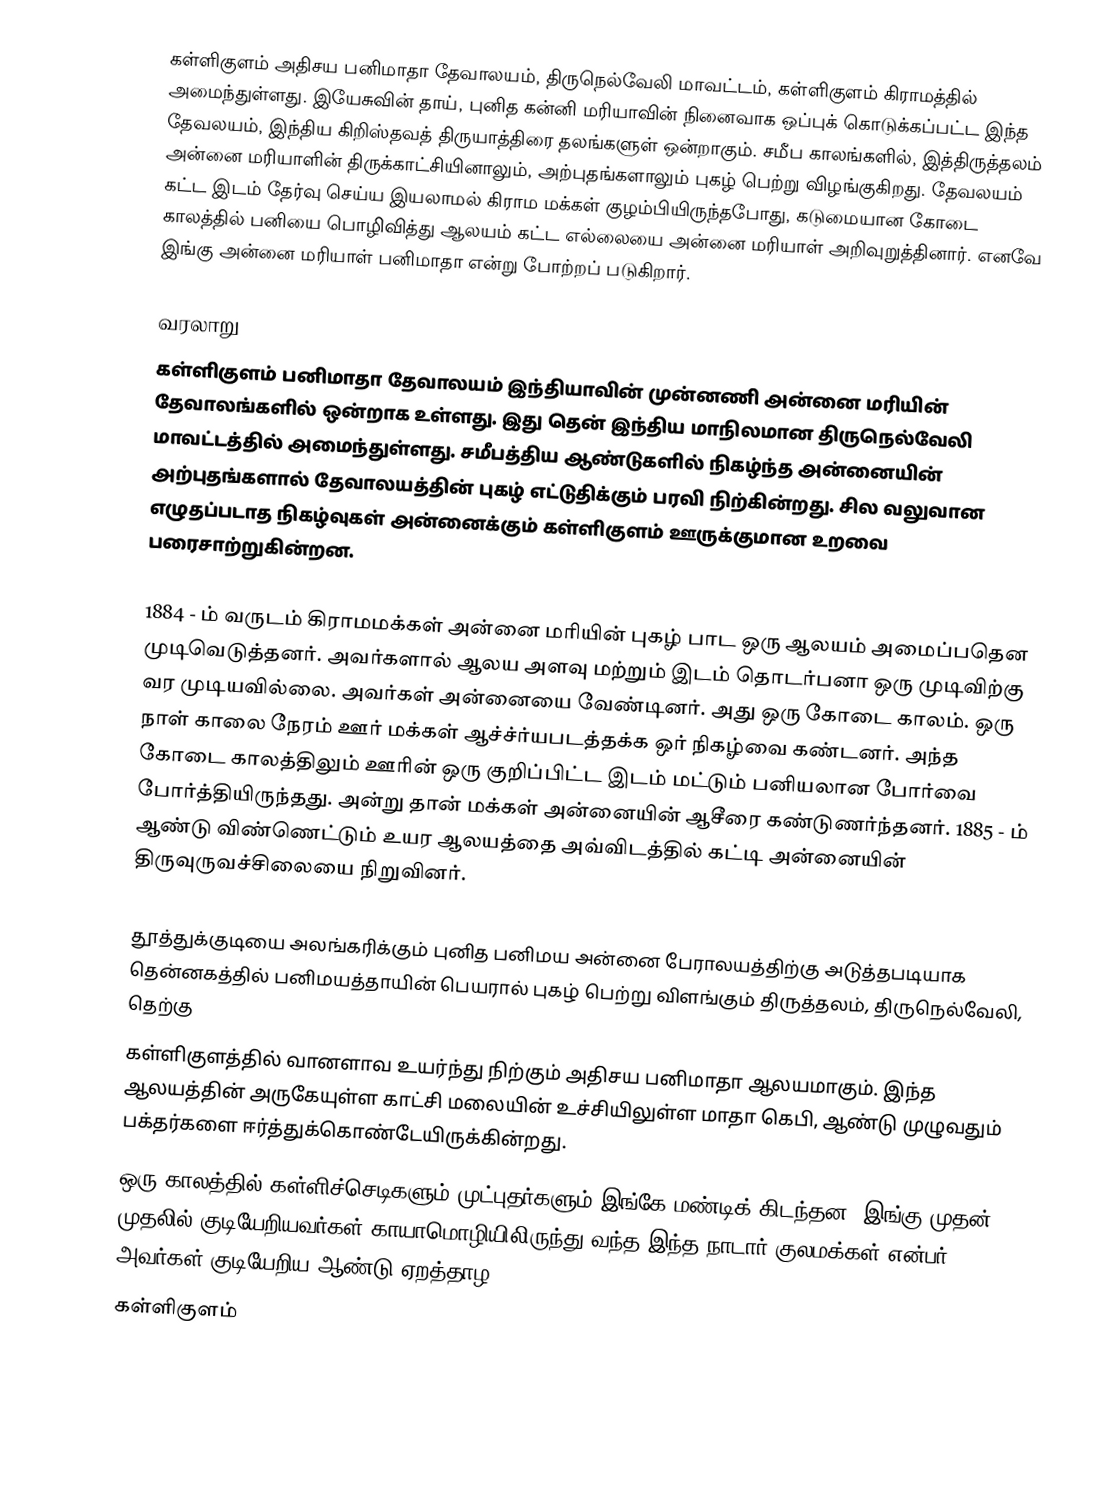
கள்ளிகுளம் அதிசய பனிமாதா தேவாலயம், திருநெல்வேலி மாவட்டம், கள்ளிகுளம் கிராமத்தில் அமைந்துள்ளது. இயேசுவின் தாய், புனித கன்னி மரியாவின் நினைவாக ஒப்புக் கொடுக்கப்பட்ட இந்த தேவலயம், இந்திய கிறிஸ்தவத் திருயாத்திரை தலங்களுள் ஒன்றாகும். சமீப காலங்களில், இத்திருத்தலம் அன்னை மரியாளின் திருக்காட்சியினாலும், அற்புதங்களாலும் புகழ் பெற்று விழங்குகிறது. தேவலயம் கட்ட இடம் தேர்வு செய்ய இயலாமல் கிராம மக்கள் குழம்பியிருந்தபோது, கடுமையான கோடை காலத்தில் பனியை பொழிவித்து ஆலயம் கட்ட எல்லையை அன்னை மரியாள் அறிவுறுத்தினார். எனவே இங்கு அன்னை மரியாள் பனிமாதா என்று போற்றப் படுகிறார்.

வரலாறு
கள்ளிகுளம் பனிமாதா தேவாலயம் இந்தியாவின் முன்னணி அன்னை மரியின் தேவாலங்களில் ஒன்றாக உள்ளது. இது தென் இந்திய மாநிலமான திருநெல்வேலி மாவட்டத்தில் அமைந்துள்ளது. சமீபத்திய ஆண்டுகளில் நிகழ்ந்த அன்னையின் அற்புதங்களால் தேவாலயத்தின் புகழ் எட்டுதிக்கும் பரவி நிற்கின்றது. சில வலுவான எழுதப்படாத நிகழ்வுகள் அன்னைக்கும் கள்ளிகுளம் ஊருக்குமான உறவை பரைசாற்றுகின்றன.

1884 - ம் வருடம் கிராமமக்கள் அன்னை மரியின் புகழ் பாட ஒரு ஆலயம் அமைப்பதென முடிவெடுத்தனர். அவர்களால் ஆலய அளவு மற்றும் இடம் தொடர்பனா ஒரு முடிவிற்கு வர முடியவில்லை. அவர்கள் அன்னையை வேண்டினர். அது ஒரு கோடை காலம். ஒரு நாள் காலை நேரம் ஊர் மக்கள் ஆச்ச்ர்யபடத்தக்க ஒர் நிகழ்வை கண்டனர். அந்த கோடை காலத்திலும் ஊரின் ஒரு குறிப்பிட்ட இடம் மட்டும்  பனியலான போர்வை போர்த்தியிருந்தது. அன்று தான் மக்கள் அன்னையின் ஆசீரை கண்டுணர்ந்தனர். 1885 - ம் ஆண்டு விண்ணெட்டும் உயர ஆலயத்தை அவ்விடத்தில் கட்டி அன்னையின் திருவுருவச்சிலையை நிறுவினர்.

தூத்துக்குடியை அலங்கரிக்கும் புனித பனிமய அன்னை பேராலயத்திற்கு அடுத்தபடியாக தென்னகத்தில் பனிமயத்தாயின் பெயரால் புகழ் பெற்று விளங்கும் திருத்தலம், திருநெல்வேலி, தெற்கு
கள்ளிகுளத்தில் வானளாவ உயர்ந்து நிற்கும் அதிசய பனிமாதா ஆலயமாகும். இந்த ஆலயத்தின் அருகேயுள்ள காட்சி மலையின் உச்சியிலுள்ள மாதா கெபி, ஆண்டு முழுவதும் பக்தர்களை ஈர்த்துக்கொண்டேயிருக்கின்றது.
ஒரு காலத்தில் கள்ளிச்செடிகளும் முட்புதர்களும் இங்கே மண்டிக் கிடந்தன. இங்கு முதன் முதலில் குடியேறியவர்கள் காயாமொழியிலிருந்து வந்த இந்த நாடார் குலமக்கள் என்பர். அவர்கள் குடியேறிய ஆண்டு ஏறத்தாழ 1700.
கள்ளிகுளம்